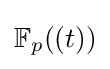
\mathbb {F} _{p}((t))